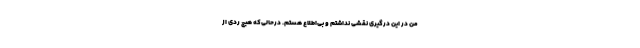
من در این درگیری نقشی نداشتم و بی‌اطلاع هستم. درحالی‌که هیچ ردی از